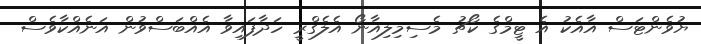
ޔުވެންޓަސް އާއެކު އެ ޓީމްގެ ކޯޗު މެސިމިލިއާނޯ އެލެގްރީ ހަދާފައިވާ އެއްބަސްވުން އަނެއްކާވެސް